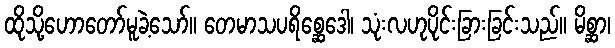
ထိုသို့ဟောတော်မူခဲ့သော်။ တေမာသပရိစ္ဆေဒေါ၊ သုံးလဟုပိုင်းခြားခြင်းသည်။ မိစ္ဆာ၊